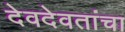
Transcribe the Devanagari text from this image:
देवदेवतांचा